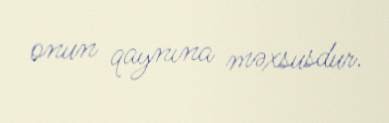
onun qaynına məxsusdur.